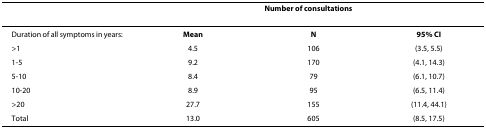
<table><thead><tr><td></td><td colspan="3"><b>Number of consultations</b></td></tr></thead><tbody><tr><td>Duration of all symptoms in years:</td><td><b>Mean</b></td><td><b>N</b></td><td><b>95% CI</b></td></tr><tr><td>&gt;1</td><td>4.5</td><td>106</td><td>(3.5, 5.5)</td></tr><tr><td>1-5</td><td>9.2</td><td>170</td><td>(4.1, 14.3)</td></tr><tr><td>5-10</td><td>8.4</td><td>79</td><td>(6.1, 10.7)</td></tr><tr><td>10-20</td><td>8.9</td><td>95</td><td>(6.5, 11.4)</td></tr><tr><td>&gt;20</td><td>27.7</td><td>155</td><td>(11.4, 44.1)</td></tr><tr><td>Total</td><td>13.0</td><td>605</td><td>(8.5, 17.5)</td></tr></tbody></table>